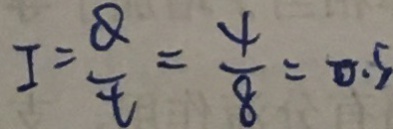
I = \frac { Q } { t } = \frac { 4 } { 8 } = 0 . 5